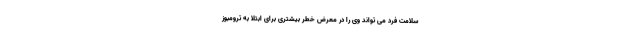
سلامت فرد می تواند وی را در معرض خطر بیشتری برای ابتلا به ترومبوز